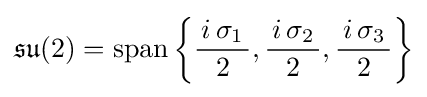
{\mathfrak {su}}(2)=\operatorname {span} \left\{{\frac {\,i\,\sigma _{1}\,}{2}},{\frac {\,i\,\sigma _{2}\,}{2}},{\frac {\,i\,\sigma _{3}\,}{2}}\right\}